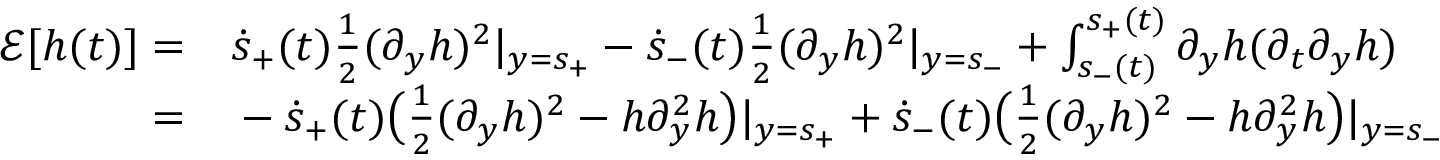
\begin{array} { r l } { \frac { \d } { \d t } \mathcal E [ h ( t ) ] = } & { { } \dot { s } _ { + } ( t ) \frac 1 2 ( \partial _ { y } h ) ^ { 2 } | _ { y = s _ { + } } - \dot { s } _ { - } ( t ) \frac 1 2 ( \partial _ { y } h ) ^ { 2 } | _ { y = s _ { - } } + \int _ { s _ { - } ( t ) } ^ { s _ { + } ( t ) } \partial _ { y } h ( \partial _ { t } \partial _ { y } h ) \d y } \\ { = } & { { } - \dot { s } _ { + } ( t ) \big ( \frac 1 2 ( \partial _ { y } h ) ^ { 2 } - h \partial _ { y } ^ { 2 } h \big ) | _ { y = s _ { + } } + \dot { s } _ { - } ( t ) \big ( \frac 1 2 ( \partial _ { y } h ) ^ { 2 } - h \partial _ { y } ^ { 2 } h \big ) | _ { y = s _ { - } } } \end{array}